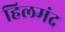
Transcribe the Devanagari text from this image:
हिलमंद